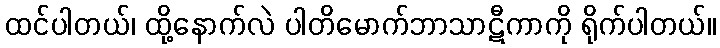
ထင်ပါတယ်၊ ထို့နောက်လဲ ပါတိမောက်ဘာသာဋီကာကို ရိုက်ပါတယ်။